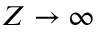
Z \rightarrow \infty